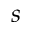
s